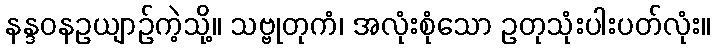
နန္ဒဝနဥယျာဉ်ကဲ့သို့။ သဗ္ဗုတုကံ၊ အလုံးစုံသော ဥတုသုံးပါးပတ်လုံး။